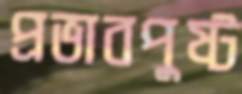
প্রভাবপুষ্ট